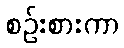
စဉ်းစားကာ